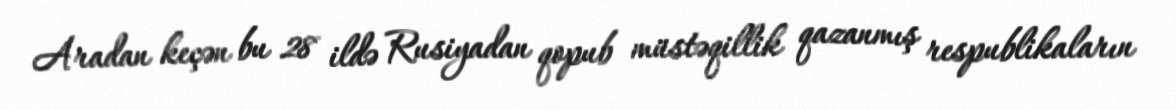
Aradan keçən bu 28 ildə Rusiyadan qopub müstəqillik qazanmış respublikaların